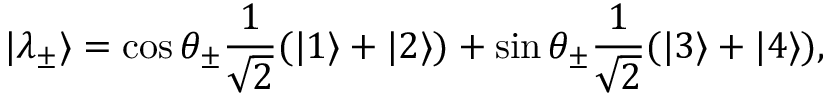
| \lambda _ { \pm } \rangle = \cos \theta _ { \pm } \frac { 1 } { \sqrt { 2 } } ( | 1 \rangle + | 2 \rangle ) + \sin \theta _ { \pm } \frac { 1 } { \sqrt { 2 } } ( | 3 \rangle + | 4 \rangle ) ,